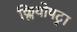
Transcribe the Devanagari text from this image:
क्लियोपट्रा